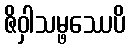
ဇိဝှါသမ္ဖဿေပိ